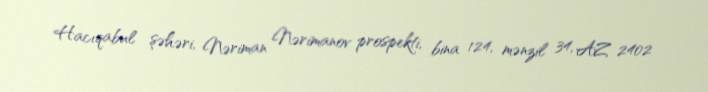
Hacıqabul şəhəri, Nəriman Nərimanov prospekti, bina 124, mənzil 34, AZ 2402